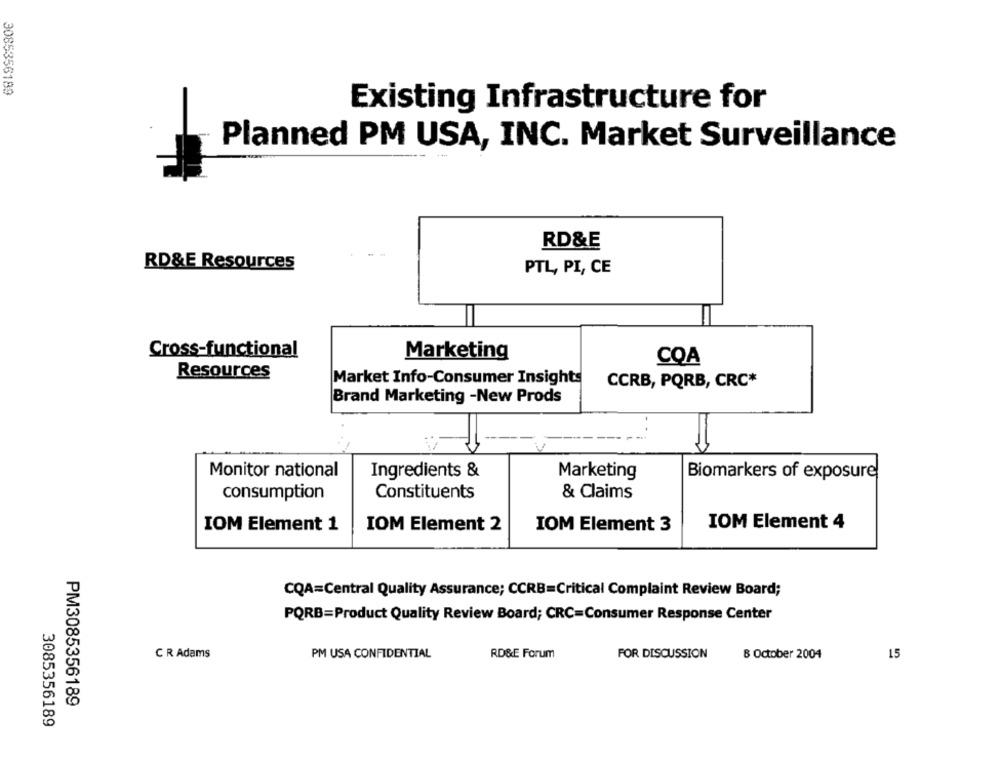
3085356189
Existing Infrastructure for
Planned PM USA, INC. Market Surveillance
RD&E
RD&E Resources
PTL, PI, CE
Cross-functional
Marketing
COA
Resources
Market Info-Consumer Insights
CCRB, PQRB, CRC*
Brand Marketing -New Prods
Monitor national
Ingredients &
Marketing
Biomarkers of exposure
consumption
Constituents
& Claims
IOM Element 1
IOM Element 3
IOM Element 4
IOM Element 2
CQA=Central Quality Assurance; CCRB=Critical Complaint Review Board;
PORB=Product Quality Review Board; CRC=Consumer Response Center
C R Adams
PM USA CONFIDENTIAL
RD&E Forum
FOR DISCUSSION
8 October 2004
15
PM3085356189
3085356189